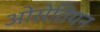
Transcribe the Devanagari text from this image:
ओसेतियन